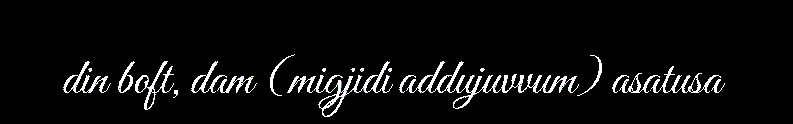
din boft, dam (migjidi addujuvvum) asatusa